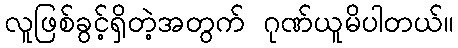
လူဖြစ်ခွင့်ရှိတဲ့အတွက် ဂုဏ်ယူမိပါတယ်။